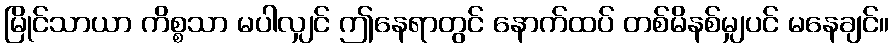
မြိုင်သာယာ ကိစ္စသာ မပါလျှင် ဤနေရာတွင် နောက်ထပ် တစ်မိနစ်မျှပင် မနေချင်။